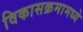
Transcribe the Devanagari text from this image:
विकासक्रमामध्ये